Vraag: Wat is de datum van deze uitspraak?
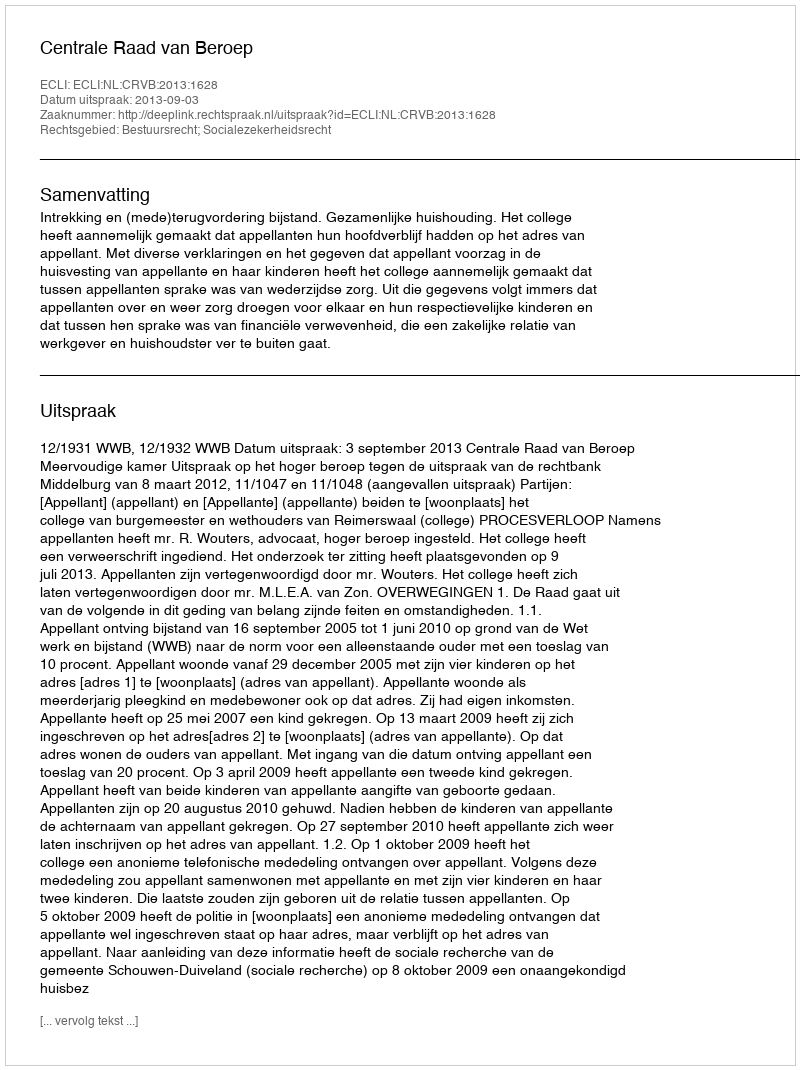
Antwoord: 2013-09-03